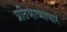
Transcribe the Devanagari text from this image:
प्रतिभाव्यापार